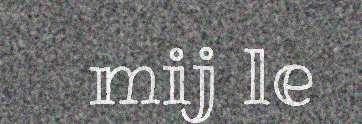
mij le